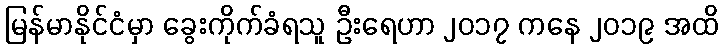
မြန်မာနိုင်ငံမှာ ခွေးကိုက်ခံရသူ ဦးရေဟာ ၂၀၁၇ ကနေ ၂၀၁၉ အထိ